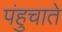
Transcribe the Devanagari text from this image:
पंहुचाते